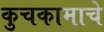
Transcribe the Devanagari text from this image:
कुचकामाचे